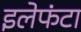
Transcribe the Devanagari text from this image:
इलेफंटा